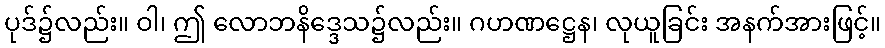
ပုဒ်၌လည်း။ ဝါ၊ ဤ လောဘနိဒ္ဒေသ၌လည်း။ ဂဟဏဋ္ဌေန၊ လုယူခြင်း အနက်အားဖြင့်။